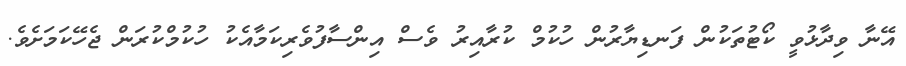
އޭނާ ވިދާޅުވީ ކޯޓުތަކުން ފަނޑިޔާރުން ހުކުމް ކުރާއިރު ވެސް އިންސާފުވެރިކަމާއެކު ހުކުމްކުރަން ޖެހޭކަމަށެވެ.